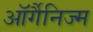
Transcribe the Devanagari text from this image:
ऑर्गैनिज्म